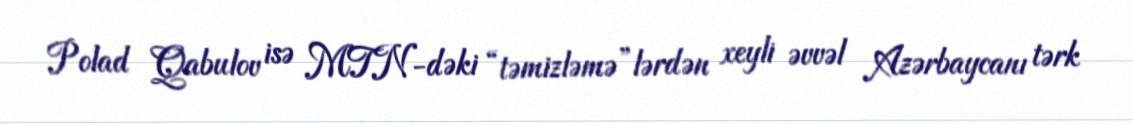
Polad Qabulov isə MTN-dəki “təmizləmə”lərdən xeyli əvvəl Azərbaycanı tərk